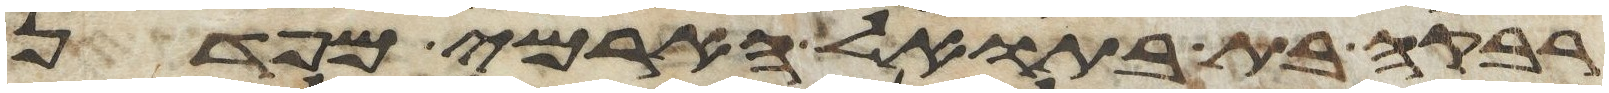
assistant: רבקה בת בתואל הארמי מפדן